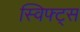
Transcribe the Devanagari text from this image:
स्विफ्ट्स